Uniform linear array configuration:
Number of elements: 32
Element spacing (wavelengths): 0.75
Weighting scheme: cosine
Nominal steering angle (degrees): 60
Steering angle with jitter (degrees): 60.779
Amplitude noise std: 0.05
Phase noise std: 0.05

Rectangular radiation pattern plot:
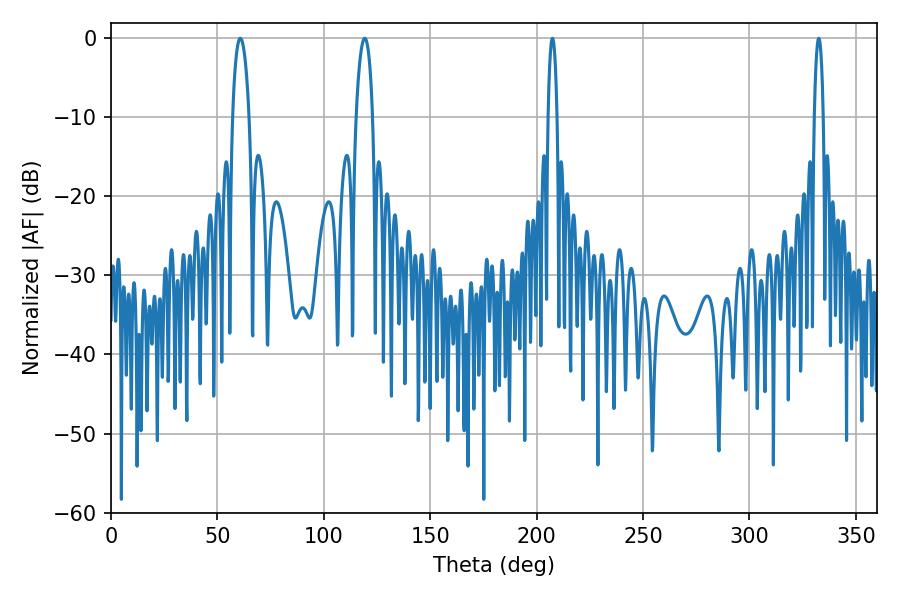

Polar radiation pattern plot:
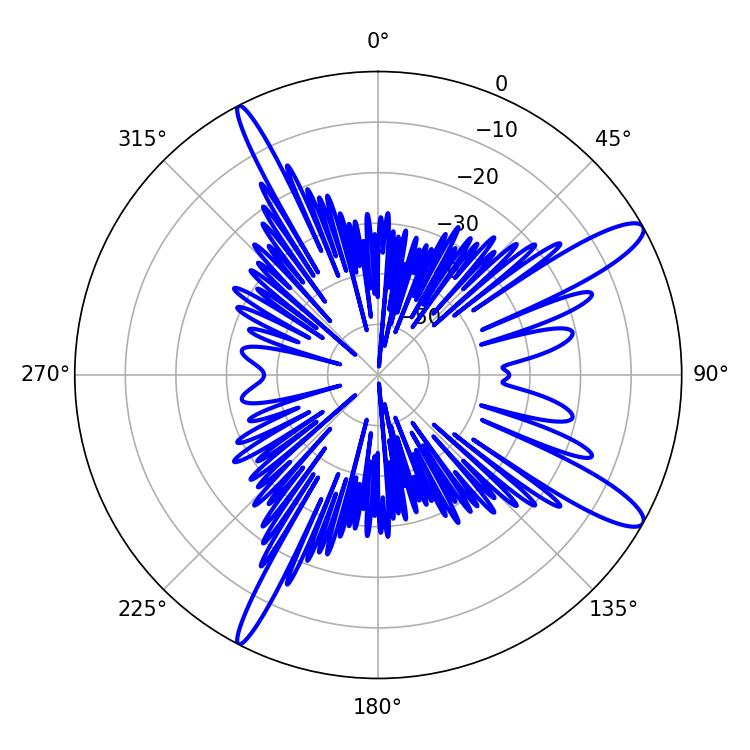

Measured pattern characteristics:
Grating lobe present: TRUE
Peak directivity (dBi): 12.734
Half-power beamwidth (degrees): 4.32
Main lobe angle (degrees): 60.84